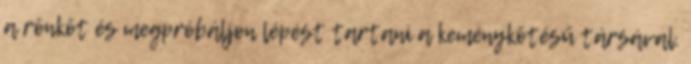
a rönköt és megpróbáljon lépést tartani a keménykötésű társával.